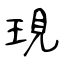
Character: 現